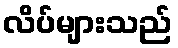
လိပ်များသည်